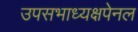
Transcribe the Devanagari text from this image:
उपसभाध्यक्षपेनल